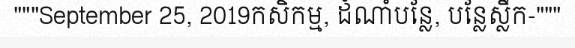
"""September 25, 2019កសិកម្ម, ដំណាំបន្លែ, បន្លែស្លឹក-"""